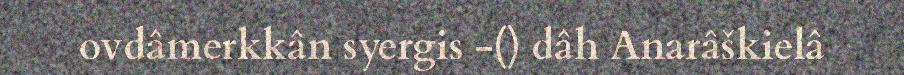
ovdâmerkkân syergis -() dâh Anarâškielâ